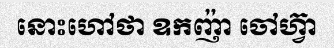
នោះហៅថា ឧកញ៉ា ចៅហ្វ៊ា